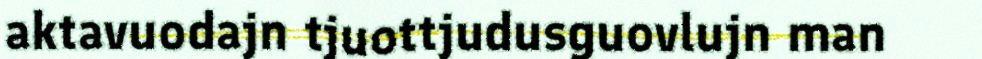
aktavuodajn tjuottjudusguovlujn man